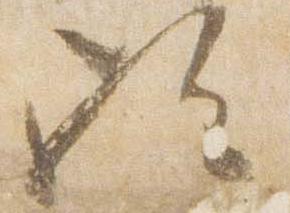
歟